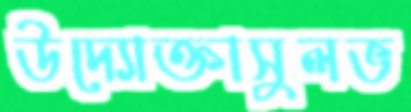
উদ্যোক্তাসুলভ